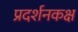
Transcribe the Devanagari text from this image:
प्रदर्शनकक्ष